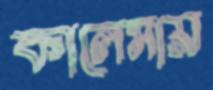
কালেমায়